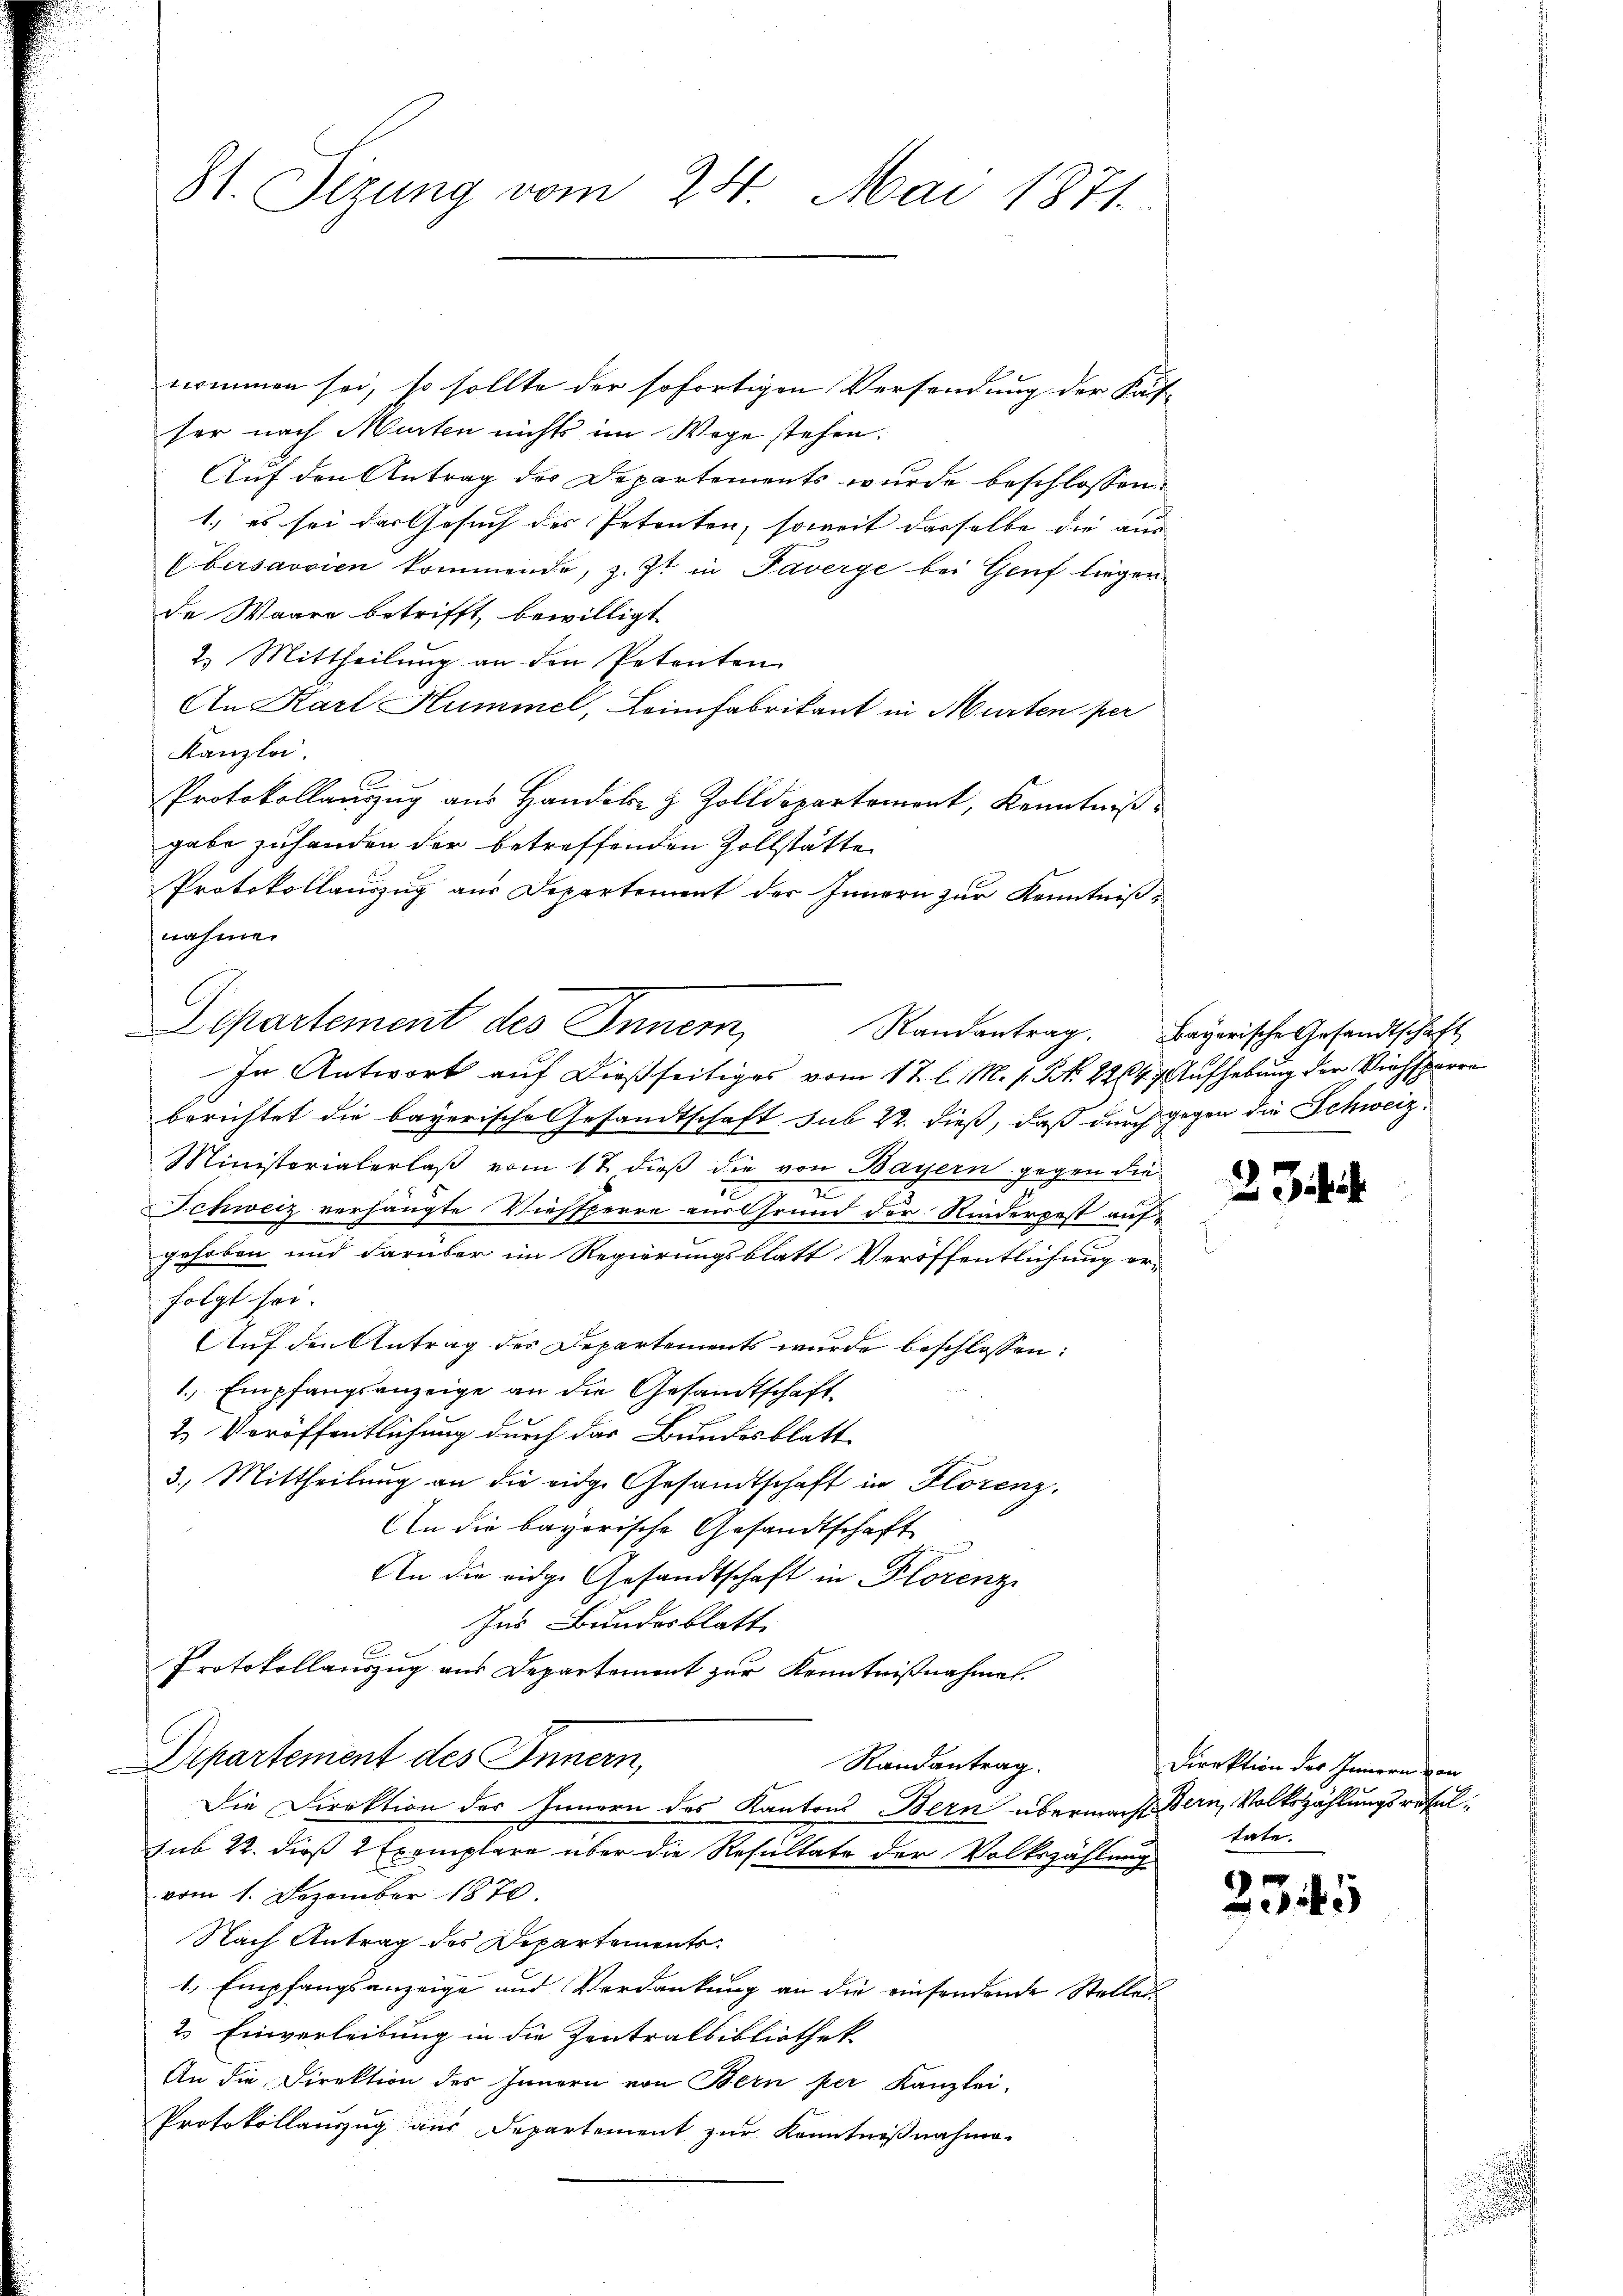
81. Sizung vom 24. Mai 1871.

nommen sei, so sollte der sofortigen Versendung der Käs-
ser nach Murten nichts im Wege stehen.
Auf den Antrag des Departements wurde beschlossen:
1.) es sei das Gesuch des Petenten, soweit dasselbe die aus
Ebersavvien kommende, z. Zt. in Taverge bei Genf liegen
de Waare betrifft, bewilligt
2. Mittheilung an den Petenten
An Karl Hummel, Leimfabrikant in Murten per
Kanzlei.
Protokollauszug aus Handole & Zolldepartemont, Kenntniß
gabe zuhanden der betreffenden Zollstätte
Protokollauszug aus Departement der Innern zur Kenntnißnahmen
berichtet die bayorische Gesandtschaft sub 22. dieß, daß durch gegen die Schweiz¬
Ministerialerlaß vom 17. dieß die von Bayern gegen die
2
Schweiz verhängte Viehsperre aus Grund der Kinderpest aufgehoben und darüber im Regierungsblatt Veröffentlichung er-
folgt sei.
Auf den Antrag des Departements wurde beschlossen:
1., Empfangsanzeige an die Gesandtschaft
2. Veröffentlichung durch das Bundesblatt
3. Mittheilung an die eidge Gesandtschaft in Florenz.
An die bayorische Gesandtschaft
An die eidge Gesandtschaft in Florenz
Ins Bundesblatt
Protokollauszug aus Departement zur Kenntnißnahmen.
Departement des Innern,
Randantrag.
Die Direktion des Innern des Kantons Bern übermacht Bern, Volkszählungsresulsub 22. dieß 2 Exemplare über die Resultate der Volkszählung
vom 1. Dezember 1870.
Nach Antrag des Departements.
1., Empfangsanzeige und Verdankung an die einsendende Steller¬
2. Einverleibung in die Zentralbibliothek
An die Direktion des Innern von Bern per Kanzlei-
Protokollauszug aus Departement zur Kenntnißnahme.

Departement des Inner, Randantrag. Bayerische Gesandtschaft
In Antwort auf dießseitiges vom 12. l. M. s. N. 224. Aufhebung der Viehsperre

2

Direktion des Innern von
tate.

2345